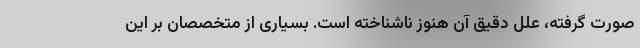
صورت گرفته، علل دقیق آن هنوز ناشناخته است. بسیاری از متخصصان بر این